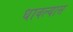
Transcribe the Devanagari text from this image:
धावल्यास